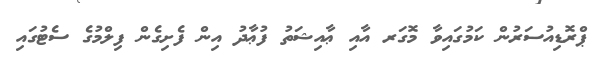
ޕްރޮޑިއުސަރުން ކަމުގައިވާ މޮގަރ އާއި ޢާއިޝަތު ފުޢާދު އިން ފެށިގެން ފިލްމުގެ ސެޓުގައި